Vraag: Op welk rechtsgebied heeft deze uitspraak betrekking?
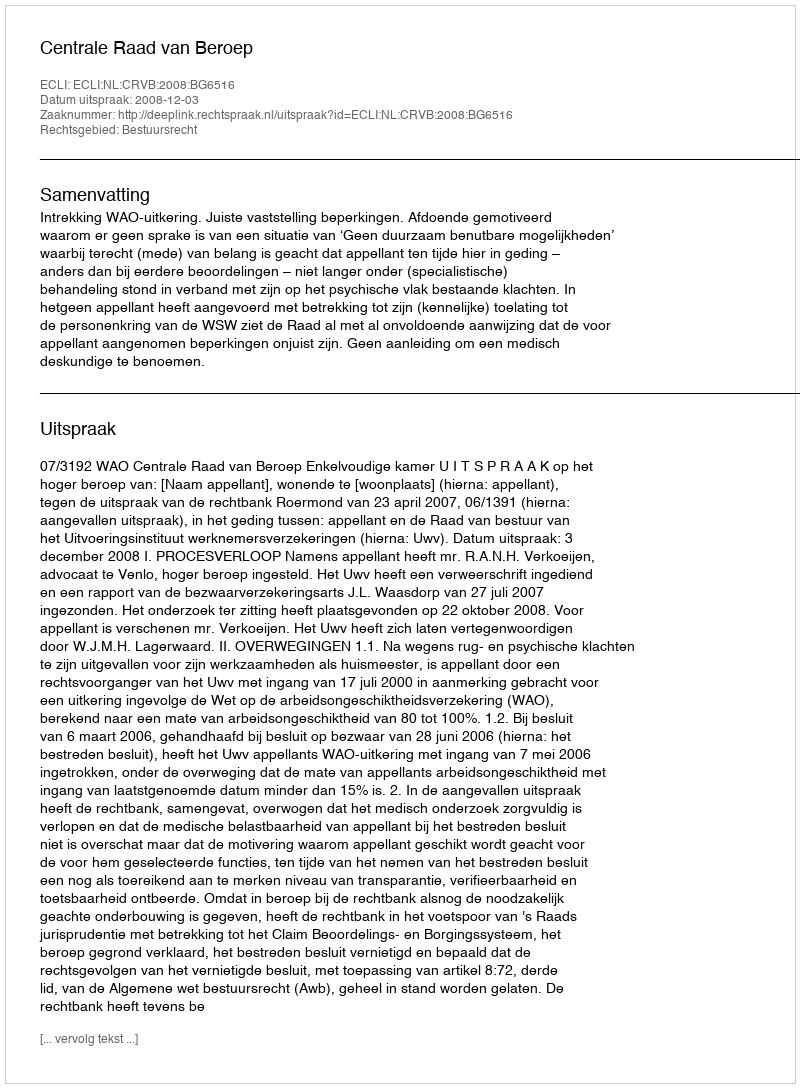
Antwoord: Bestuursrecht